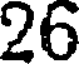
26